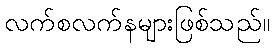
လက်စလက်နများဖြစ်သည်။